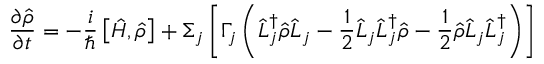
\frac { \partial \hat { \rho } } { \partial t } = - \frac { i } { \hbar } \left[ \hat { H } , \hat { \rho } \right] + \Sigma _ { j } \left[ \Gamma _ { j } \left( \hat { L } _ { j } ^ { \dagger } \hat { \rho } \hat { L } _ { j } - \frac { 1 } { 2 } \hat { L } _ { j } \hat { L } _ { j } ^ { \dagger } \hat { \rho } - \frac { 1 } { 2 } \hat { \rho } \hat { L } _ { j } \hat { L } _ { j } ^ { \dagger } \right) \right]